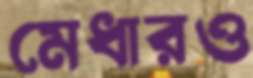
মেধারও